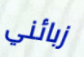
زبائني